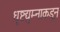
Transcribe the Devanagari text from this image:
धृष्टद्युम्नाकडून